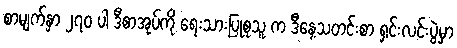
စာမျက်နှာ ၂၇၀ ပါ ဒီစာအုပ်ကို ရေးသားပြုစုသူ က ဒီနေ့သတင်းစာ ရှင်းလင်းပွဲမှာ